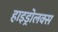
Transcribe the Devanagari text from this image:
हाइड्रोलक्स